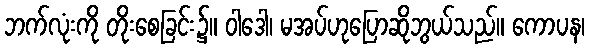
ဘက်လုံးကို တိုးစေခြင်း၌။ ဝါဒေါ၊ မအပ်ဟုပြောဆိုဘွယ်သည်။ ကောပန၊